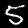
Digit: 5